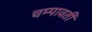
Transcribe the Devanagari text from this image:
चम्पावती